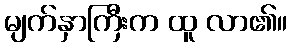
မျက်နှာကြီးက ထူ လာ၏။